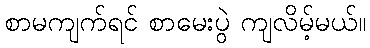
စာမကျက်ရင် စာမေးပွဲ ကျလိမ့်မယ်။